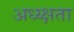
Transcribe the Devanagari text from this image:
अध्य्क्षता